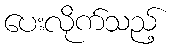
ပေးလိုက်သည့်